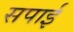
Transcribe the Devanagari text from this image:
सपाई